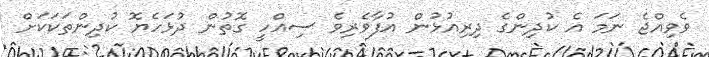
ވެވިއްޖެ ނަމަ އެ ކުދިންގެ ދިރިއުޅުން އުފާވެރިވެ ސިއްހީ ގޮތުން ދުޅަހެޔޮ ކުދިންތަކަކަށް